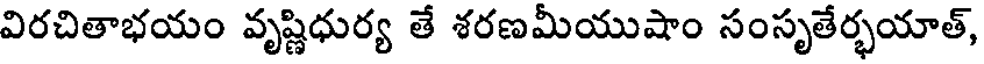
విరచితాభయం వృష్ణిధుర్య తే శరణమీయుషాం సంసృతేర్భయాత్,